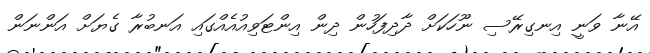
އޭނާ ވަނީ އިނގިރޭސި ނޫހަކަށް ދާދިފަހުން ދިން އިންޓަވިއުއެއްގައި އަނބުރާ ގެޔަށް އަންނަން